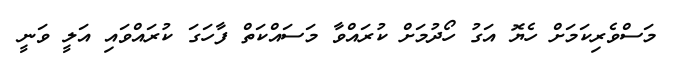
މަސްވެރިކަމަށް ހެޔޮ އަގު ހޯދުމަށް ކުރައްވާ މަސައްކަތް ފާހަގަ ކުރައްވައި އަލީ ވަނީ